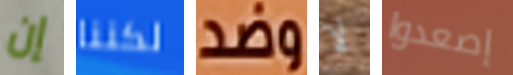
إن لكننا وضد لا إصعدوا